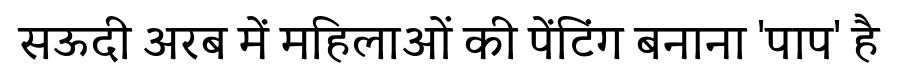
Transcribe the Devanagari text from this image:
सऊदी अरब में महिलाओं की पेंटिंग बनाना 'पाप' है